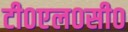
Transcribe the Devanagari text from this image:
टी०एल०सी०